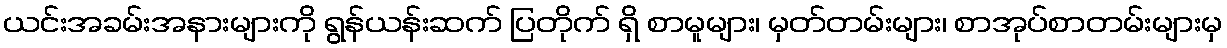
ယင်းအခမ်းအနားများကို ရွန်ယန်းဆက် ပြတိုက် ရှိ စာမူများ၊ မှတ်တမ်းများ၊ စာအုပ်စာတမ်းများမှ